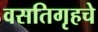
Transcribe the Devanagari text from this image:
वसतिगृहचे